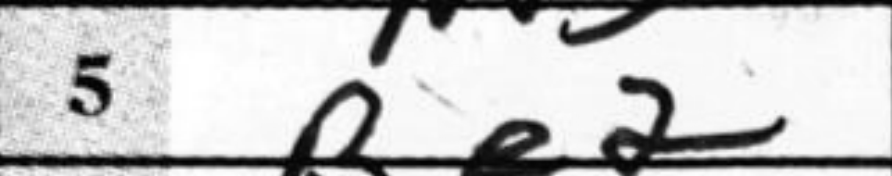
Transcription: Be2